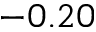
- 0 . 2 0